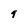
Character: 9